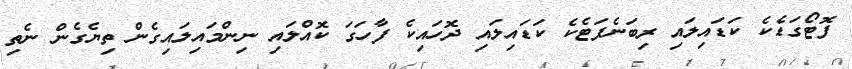
ފޮޓޯގަޑެކެ ކަޑައިލައި ރިބަނެފަޓެކެ ކަޑައިލައި ދޮހައިކެ ފާހަގަ ކޮއްލައި ނިންމައިލައިގެން ތިޔެގެން ނެތި